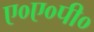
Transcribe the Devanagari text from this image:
ए०ए०पी०